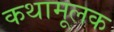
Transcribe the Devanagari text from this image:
कथामूलक